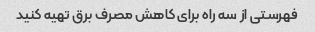
فهرستی از سه راه برای کاهش مصرف برق تهیه کنید